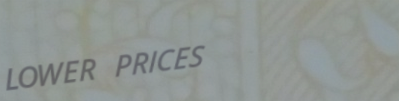
LOWER PRICES